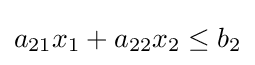
a_{21}x_{1}+a_{22}x_{2}\leq b_{2}